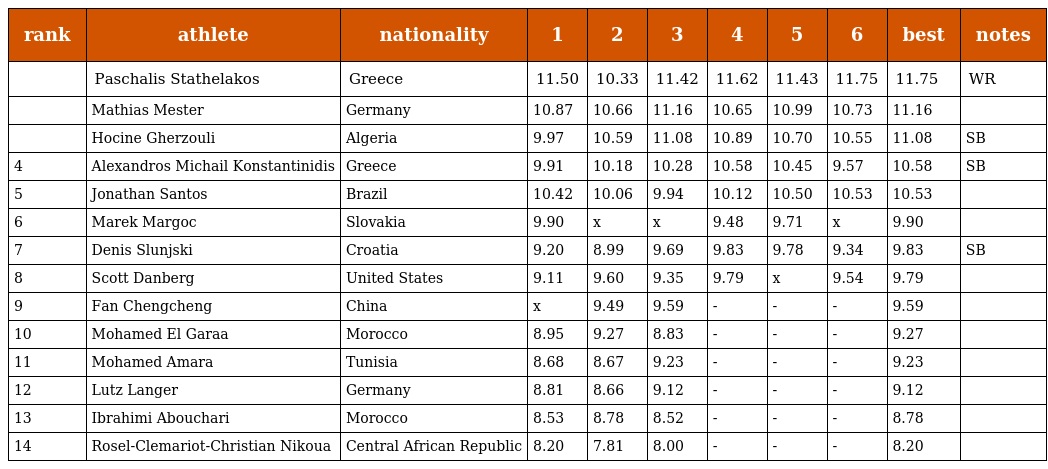
| rank | athlete | nationality | 1 | 2 | 3 | 4 | 5 | 6 | best | notes |
 | --- | --- | --- | --- | --- | --- | --- | --- | --- | --- | --- |
 |  | Paschalis Stathelakos | Greece | 11.50 | 10.33 | 11.42 | 11.62 | 11.43 | 11.75 | 11.75 | WR |
 |  | Mathias Mester | Germany | 10.87 | 10.66 | 11.16 | 10.65 | 10.99 | 10.73 | 11.16 |  |
 |  | Hocine Gherzouli | Algeria | 9.97 | 10.59 | 11.08 | 10.89 | 10.70 | 10.55 | 11.08 | SB |
 | 4 | Alexandros Michail Konstantinidis | Greece | 9.91 | 10.18 | 10.28 | 10.58 | 10.45 | 9.57 | 10.58 | SB |
 | 5 | Jonathan Santos | Brazil | 10.42 | 10.06 | 9.94 | 10.12 | 10.50 | 10.53 | 10.53 |  |
 | 6 | Marek Margoc | Slovakia | 9.90 | x | x | 9.48 | 9.71 | x | 9.90 |  |
 | 7 | Denis Slunjski | Croatia | 9.20 | 8.99 | 9.69 | 9.83 | 9.78 | 9.34 | 9.83 | SB |
 | 8 | Scott Danberg | United States | 9.11 | 9.60 | 9.35 | 9.79 | x | 9.54 | 9.79 |  |
 | 9 | Fan Chengcheng | China | x | 9.49 | 9.59 | - | - | - | 9.59 |  |
 | 10 | Mohamed El Garaa | Morocco | 8.95 | 9.27 | 8.83 | - | - | - | 9.27 |  |
 | 11 | Mohamed Amara | Tunisia | 8.68 | 8.67 | 9.23 | - | - | - | 9.23 |  |
 | 12 | Lutz Langer | Germany | 8.81 | 8.66 | 9.12 | - | - | - | 9.12 |  |
 | 13 | Ibrahimi Abouchari | Morocco | 8.53 | 8.78 | 8.52 | - | - | - | 8.78 |  |
 | 14 | Rosel-Clemariot-Christian Nikoua | Central African Republic | 8.20 | 7.81 | 8.00 | - | - | - | 8.20 |  |